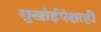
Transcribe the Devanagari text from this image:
सुखोईपेक्षाही